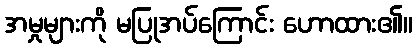
အမှုများကို မပြုအပ်ကြောင်း ဟောထား၏။